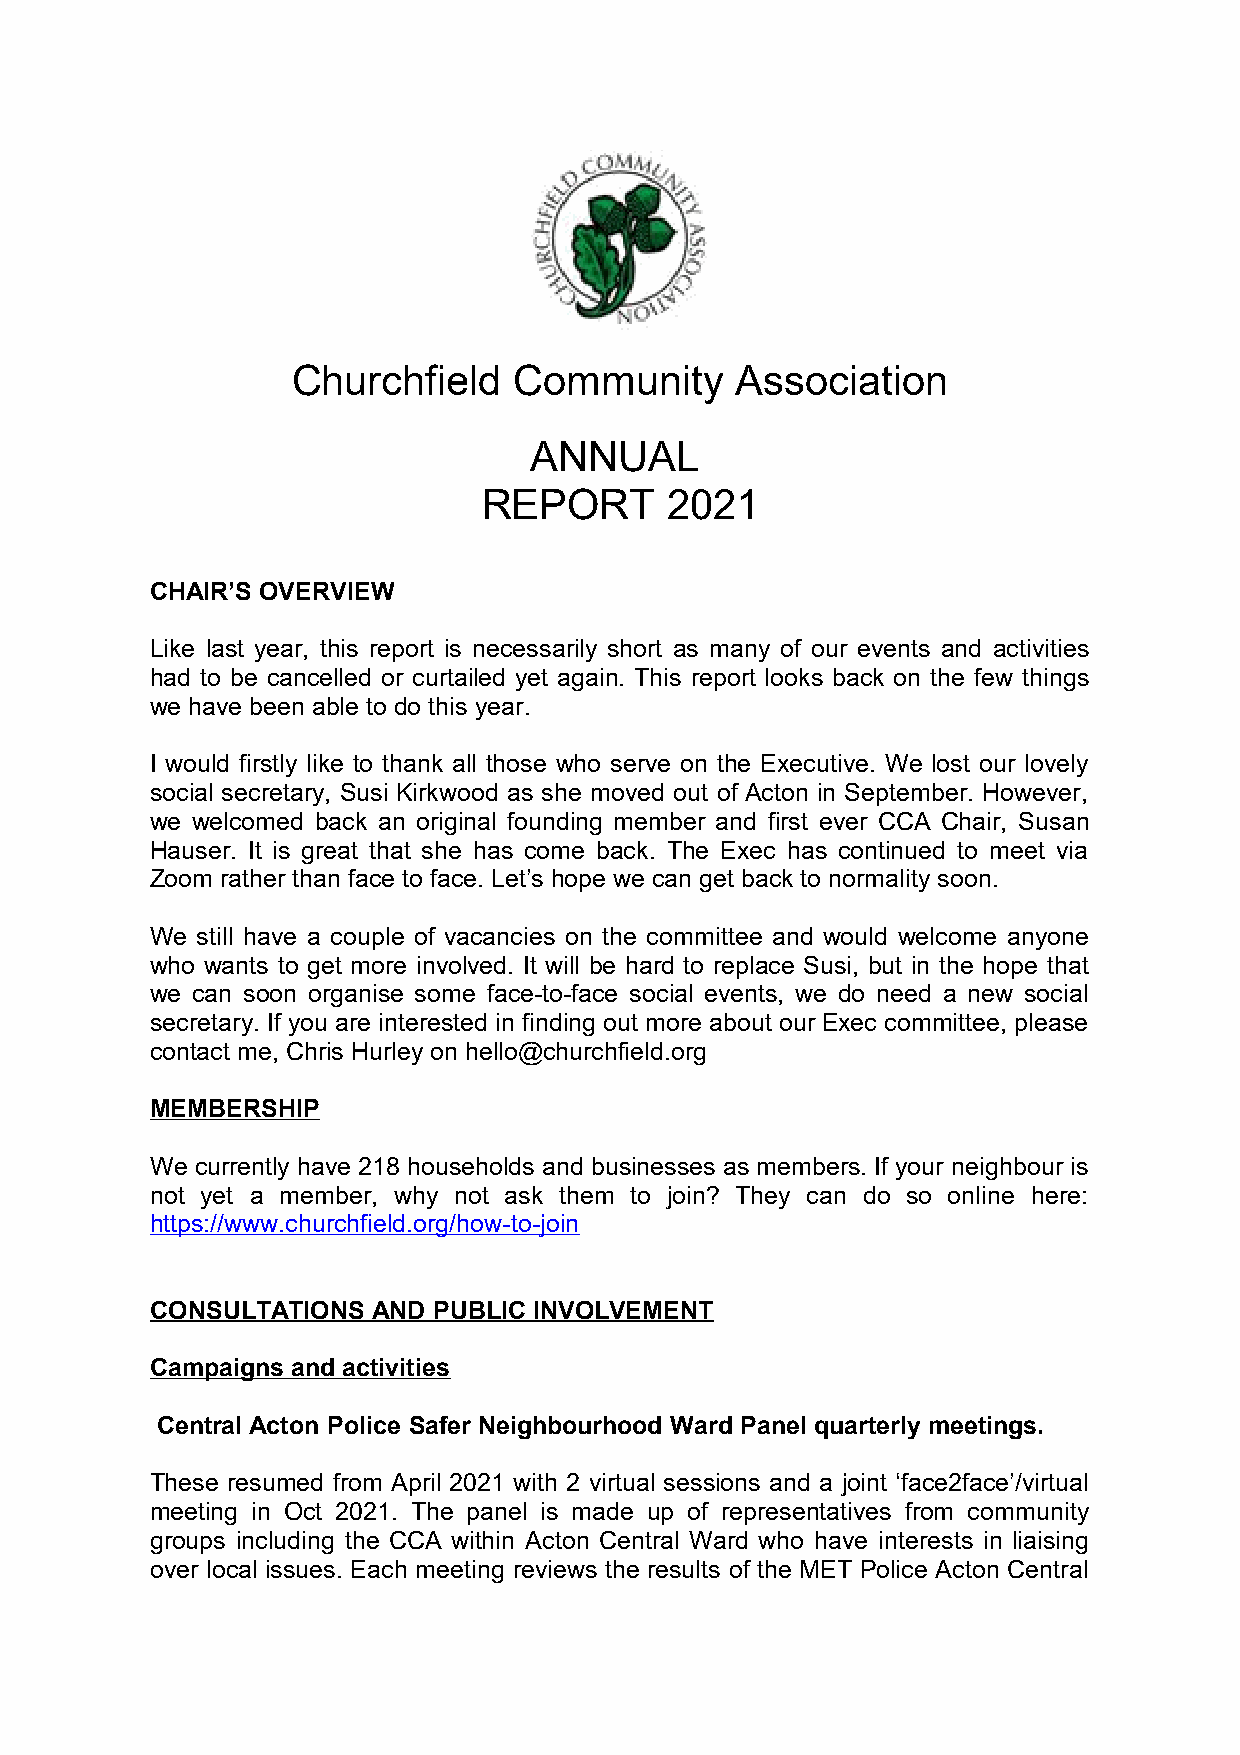
Churchfield    Community      Association
 ANNUAL
 REPORT      2021
 CHAIR’S OVERVIEW
 Like last year, this report is necessarily short as many of our events and activities
 had to be cancelled or curtailed yet again. This report looks back on the few things
 we have been able to do this year.
 I would firstly like to thank all those who serve on the Executive. We lost our lovely
 social secretary, Susi Kirkwood as she moved out of Acton in September. However,
 we welcomed back an original founding member and first ever CCA Chair, Susan
 Hauser. It is great that she has come back. The Exec has continued to meet via
 Zoom rather than face to face. Let’s hope we can get back to normality soon.
 We still have a couple of vacancies on the committee and would welcome anyone
 who wants to get more involved. It will be hard to replace Susi, but in the hope that
 we can soon organise some face-to-face social events, we do need a new social
 secretary. If you are interested in finding out more about our Exec committee, please
 contact me, Chris Hurley on hello@churchfield.org
 MEMBERSHIP
 We currently have 218 households and businesses as members. If your neighbour is
 not yet a member, why not ask them to join? They can do so online here:
 https://www.churchfield.org/how-to-join
 CONSULTATIONS  AND PUBLIC INVOLVEMENT
 Campaigns and activities
 Central Acton Police Safer Neighbourhood Ward Panel quarterly meetings.
 These resumed from April 2021 with 2 virtual sessions and a joint ‘face2face’/virtual
 meeting in Oct 2021. The panel is made up of representatives from community
 groups including the CCA within Acton Central Ward who have interests in liaising
 over local issues. Each meeting reviews the results of the MET Police Acton Central